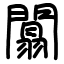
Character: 闒